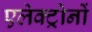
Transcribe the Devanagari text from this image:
एलेक्ट्रोनों